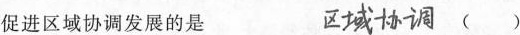
促进区域协调发展的是 区域协调 ()